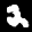
Label: 2